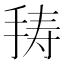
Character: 𭠸